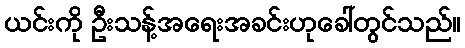
ယင်းကို ဦးသန့်အရေးအခင်းဟုခေါ်တွင်သည်။